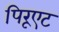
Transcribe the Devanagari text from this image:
पिरूएट